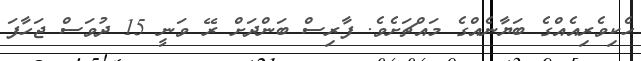
ހެކިވެރިއެއްގެ ބަޔާނެއްގެ މައްޗަށެވެ. ފާރިސް ބަންދަށް ރޭ ވަނީ 15 ދުވަސް ޖަހާފަ